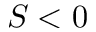
S < 0